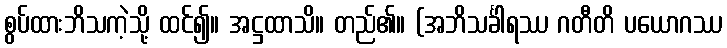
စွပ်ထားဘိသကဲ့သို့ ထင်၍။ အဋ္ဌထာသိ။ တည်၏။ (အဘိသင်္ခါရဿ ဂတီတိ ပယောဂဿ